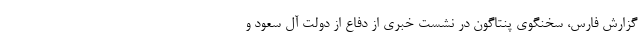
گزارش فارس، سخنگوی پنتاگون در نشست خبری از دفاع از دولت آل سعود و